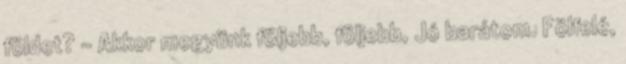
földet? - Akkor megyünk följebb, följebb, Jó barátom. Fölfelé,